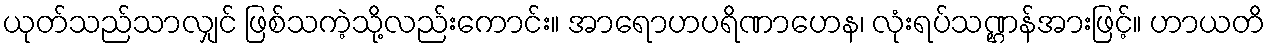
ယုတ်သည်သာလျှင် ဖြစ်သကဲ့သို့လည်းကောင်း။ အာရောဟပရိဏာဟေန၊ လုံးရပ်သဏ္ဌန်အားဖြင့်။ ဟာယတိ